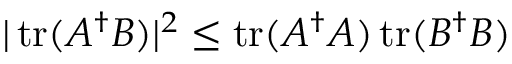
| \operatorname { t r } ( A ^ { \dagger } B ) | ^ { 2 } \leq \operatorname { t r } ( A ^ { \dagger } A ) \operatorname { t r } ( B ^ { \dagger } B )